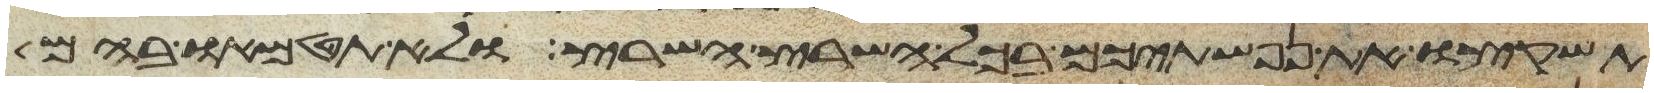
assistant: תשקצו את נפשתיכם בכל השרץ השרץ ולא תטמאו בהם